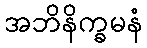
အဘိနိက္ခမနံ